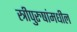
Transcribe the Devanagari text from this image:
स्त्रीपुरुषांमधील